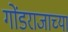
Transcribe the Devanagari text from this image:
गोंडराजाच्या